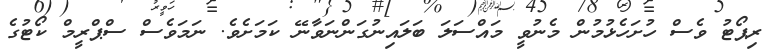
ރިޕޯޓު ވެސް ހުށަހެޅުމުން މެނުވީ މައްސަލަ ބަލައިނުގަންނަވާނޭ ކަމަށެވެ. ނަމަވެސް ސްޕްރީމް ކޯޓުގެ